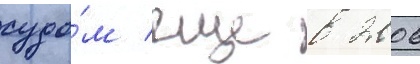
судо́м еще в 2006